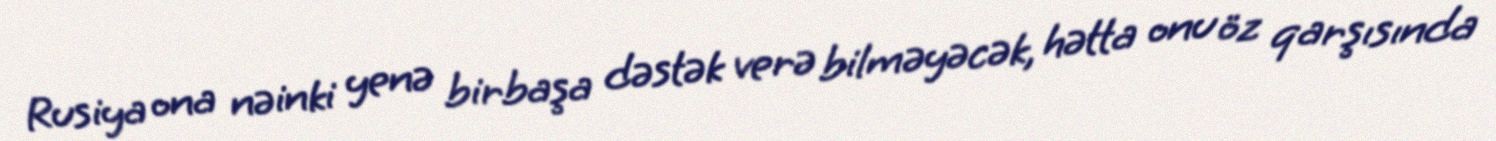
Rusiya ona nəinki yenə birbaşa dəstək verə bilməyəcək, hətta onu öz qarşısında